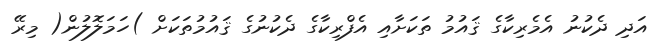
އަދި ދެކުނު އެމެރިކާގެ ޤައުމު ތަކަށާއި އެފްރިކާގެ ދެކުނުގެ ޤައުމުތަކަށް )ހަމަލޮލުން( މިރޭ